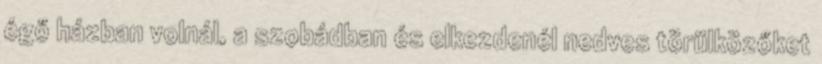
égő házban volnál, a szobádban és elkezdenél nedves törülközőket